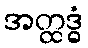
အတ္ထဒ္ဓံ